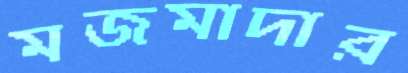
মজমাদার